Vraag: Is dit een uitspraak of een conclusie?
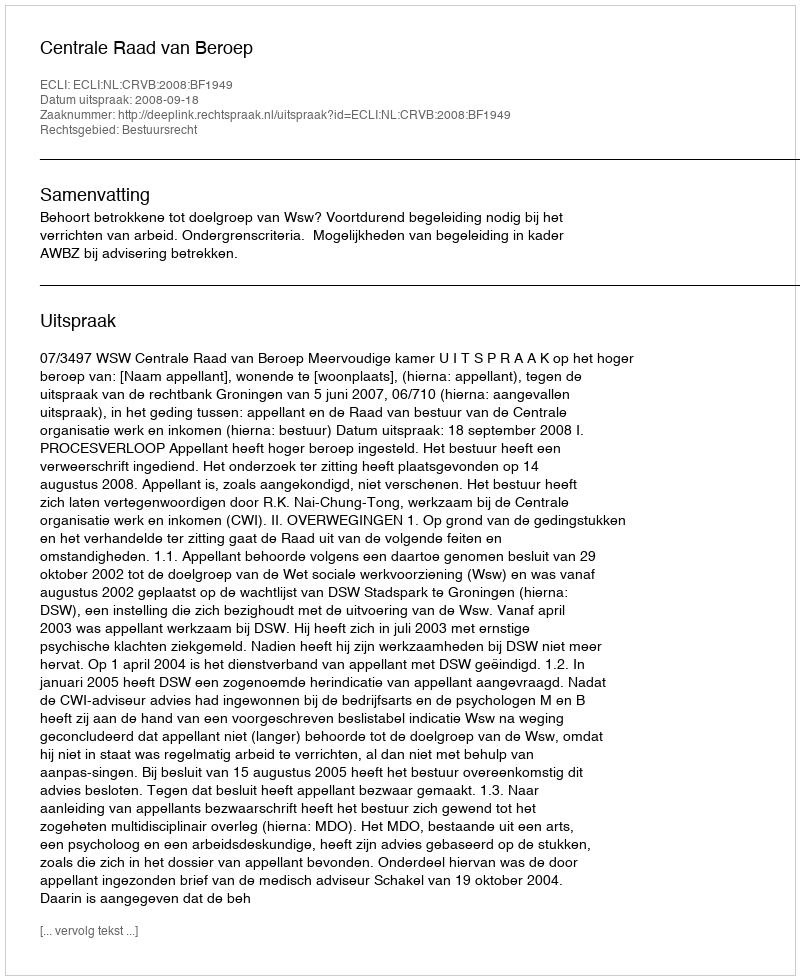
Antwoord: Uitspraak